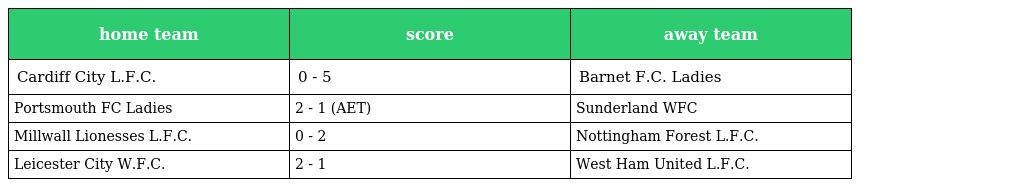
| home team | score | away team |
 | --- | --- | --- |
 | Cardiff City L.F.C. | 0 - 5 | Barnet F.C. Ladies |
 | Portsmouth FC Ladies | 2 - 1 (AET) | Sunderland WFC |
 | Millwall Lionesses L.F.C. | 0 - 2 | Nottingham Forest L.F.C. |
 | Leicester City W.F.C. | 2 - 1 | West Ham United L.F.C. |